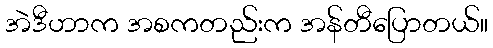
အဲဒီဟာက အစကတည်းက အန်တီပြောတယ်။